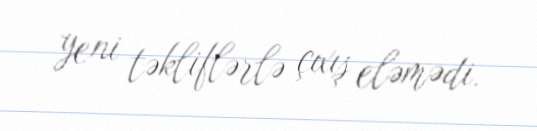
yeni təkliflərlə çıxış eləmədi.